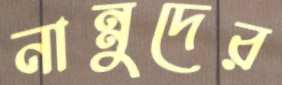
নান্নুদের